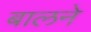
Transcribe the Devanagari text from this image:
बालने